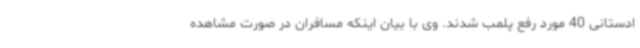
ادستانی 40 مورد رفع پلمب شدند. وی با بیان اینکه مسافران در صورت مشاهده